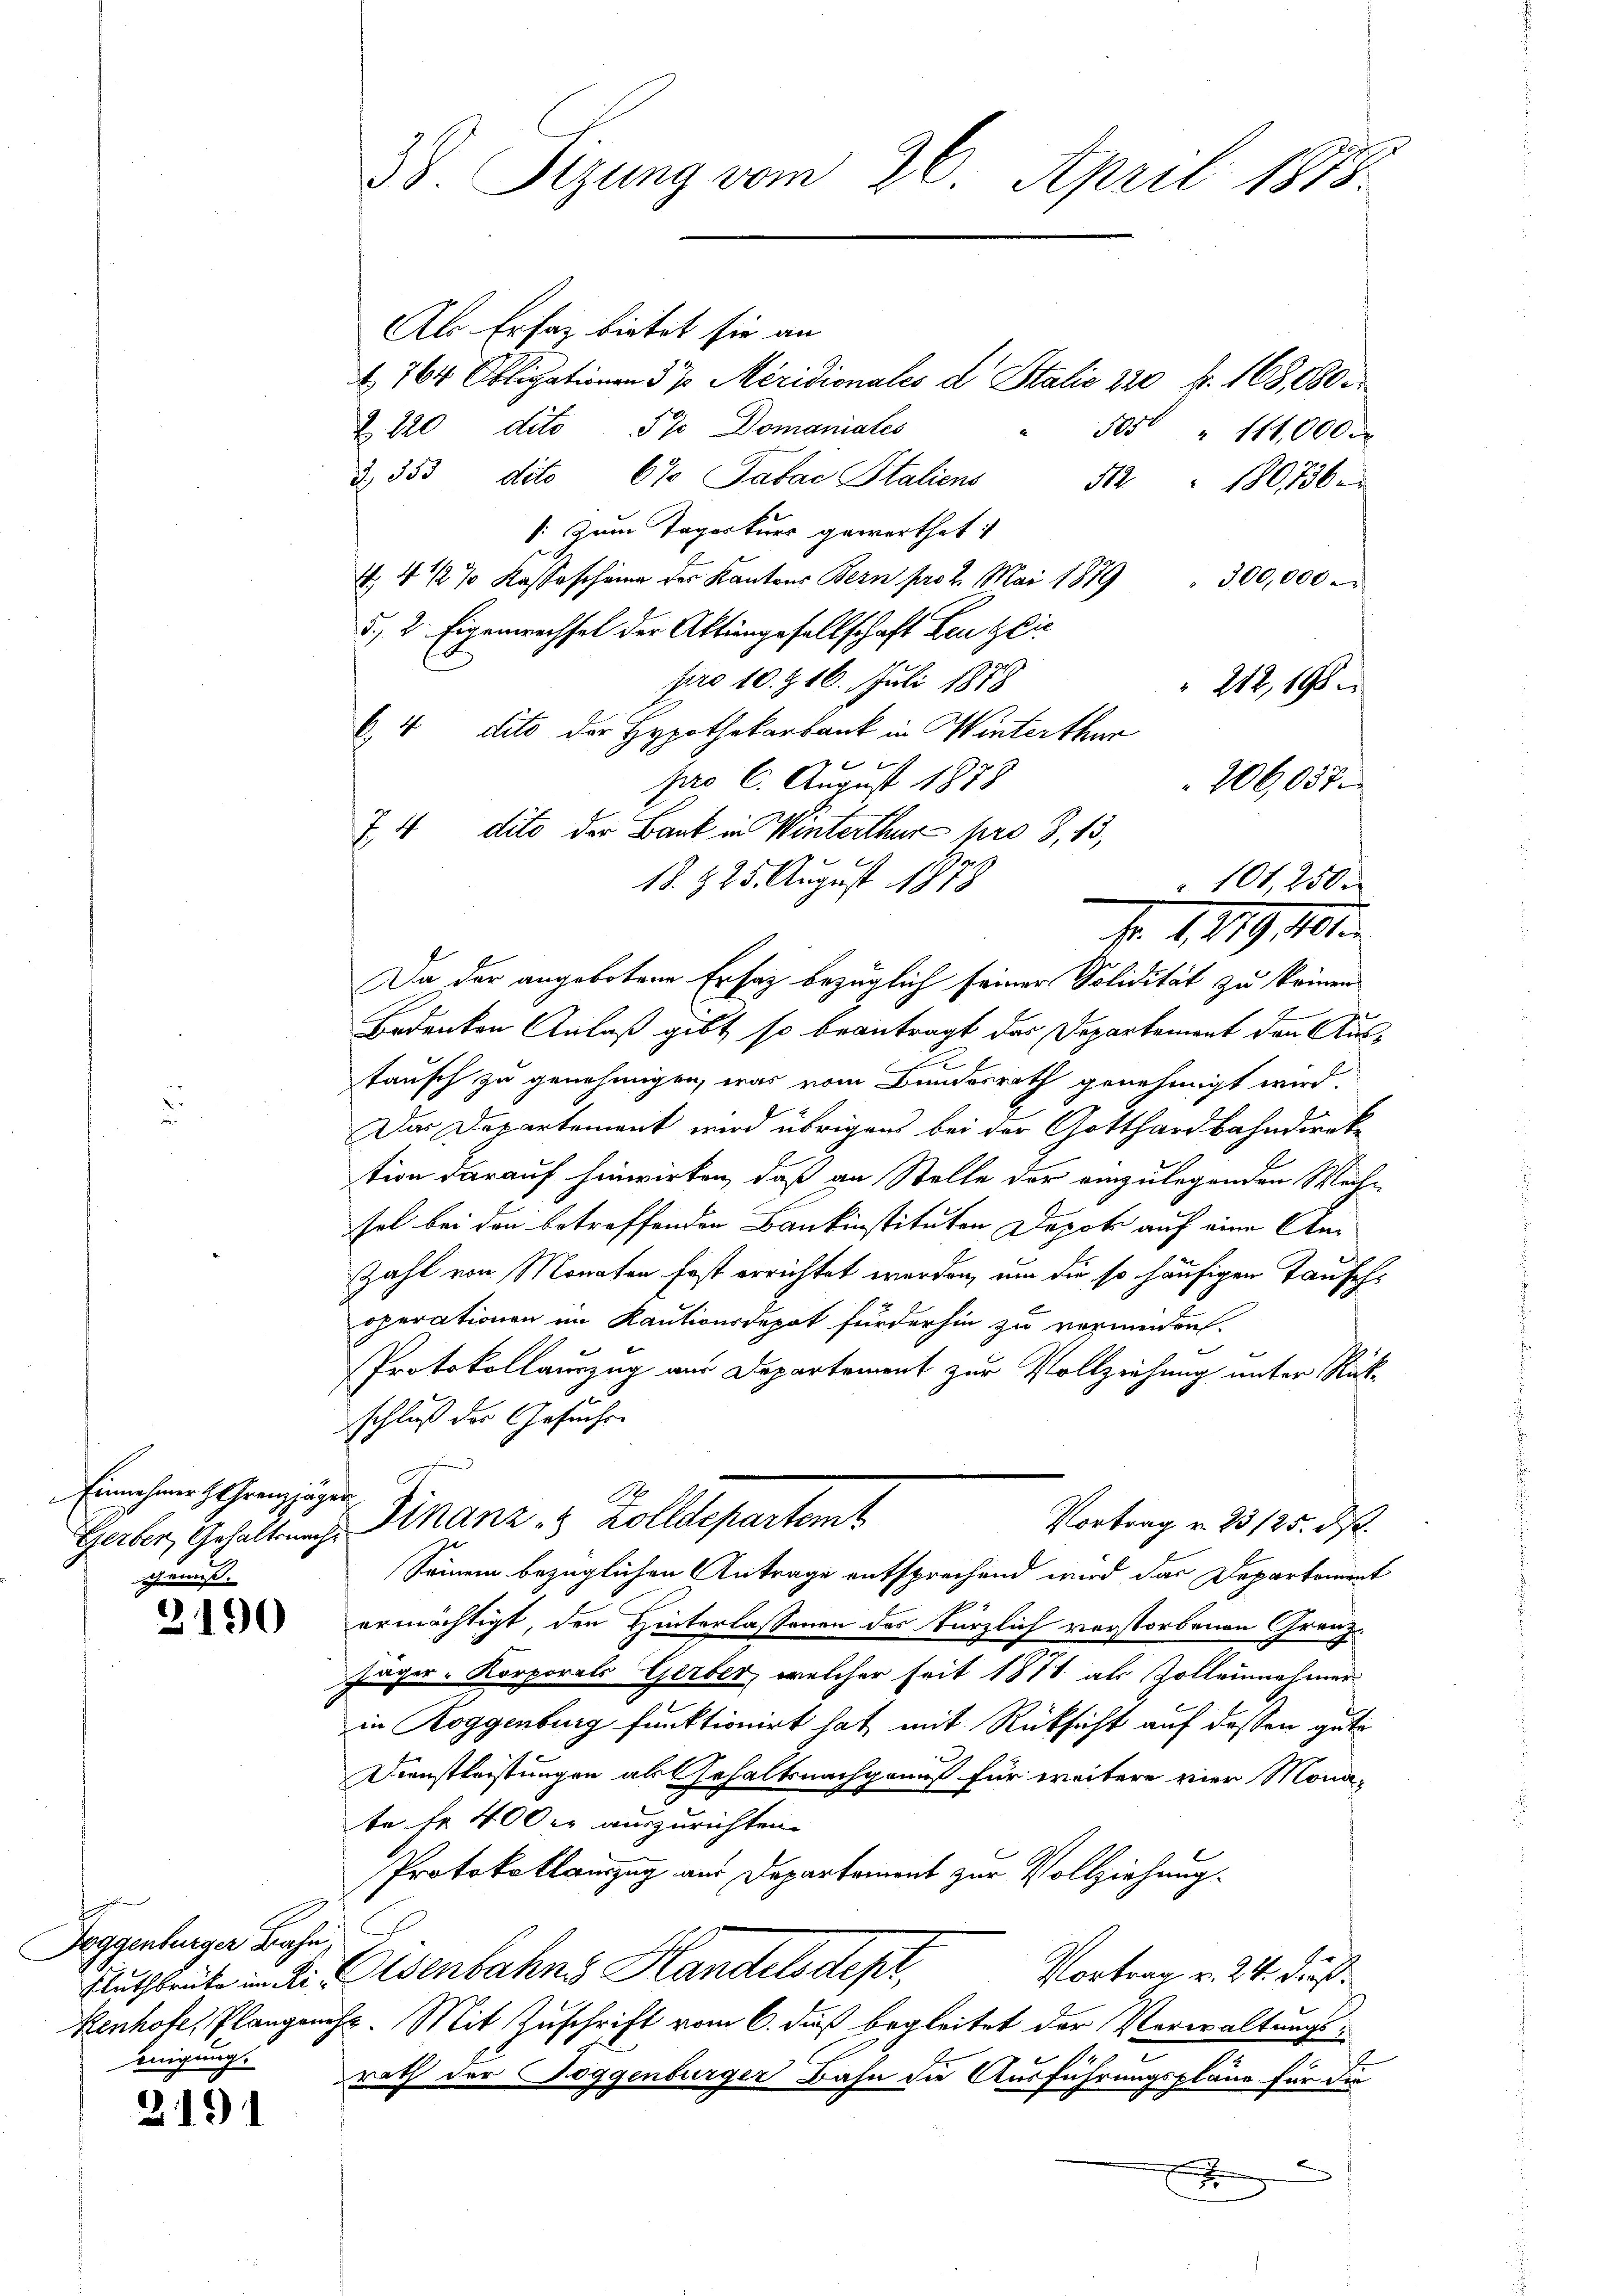
Einnahmer h. Granzjäge
Genuß.

3190

Joggenburger Bahn
inigung.

3191

38. Sizung vom 26. April 1875.

Als Ersaz bietet sie an
t 764 Obligationen 3 ½ Meridionales d. Stalis 220 f. 168,000
Z 220 dito 5% Domaniates
505 " 111,000
2. 353 dito 67 Tabac Staliens
312. 180736.
[: Zum Tagerkurs gewerthet
4 4 ½ 7 Kassascheine der Kantons Bern pro 2. Mai 1879 " 300,000
d, 2 Eigenwechsel der Aktiengesellschaft Lenzlic
pro 10. Z. 16. Juli 1878
 212, 195
C. 4 cito der Hypothekarbank in Winterthur
pro 6. August 1878
206,057.
7, 4 dito der Bank in Winterthur pro 8, 13,
18. 225. August 1873
Da der angebotene Ersatz bezüglich seiner Solidität zu keinen
Bedenken Anlaß gibt so beantragt das Departement den Aus¬
2
tausch zu genehmigen, was vom Bundesrath genehmigt wird.
Der Departement wird übrigens bei der Gotthardbahndirek
tion darauf hinwirken, daß an Stelle der einzulegenden Weih-
fel bei den betreffender Bankinstituten Depot auf eine An¬
Zahl von Monaten fast errichtet worden, um die so häufigen Taufehx
operationen im Kautionsdepot fürderhin zu vermeiden.
Protokollauszug aus Departement zur Vollziehung unter Rückschluß der Gesuchen
 |
Vortrag u. 23125. ds.
Gerber, Gehaltung Finanz - 8 Zolldepartemt
Seinem bezüglichen Antrage entsprechend wird das Departement
ermächtigt, den Hinterlassenen des kürzlich verstorbenen Grenz¬
Jäger- Korporals Gerber, welcher seit 1871 als Zolleinnehmer
in Roggenburg funktionirt hat mit Rücksicht auf dessen gute
Dienstleistungen als Gehaltsnachgenuß für weitere vier Monabe fr 400 er auszurichten.
Protokollauszug aus Departament zur Vollziehung.
Vortrag v. 24. dieß
Autleute in der Eisenbahns Handelsdepr
kenhofe, Plangenoss. Mit Zuschrift vom 6. daß begleitet der Verwaltungs-
rath der Toggenburger Bahn die Ausführungspläne für die
.

101, 2500
A. 1. 119. 101.